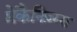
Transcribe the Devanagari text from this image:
मेकैनिज़्म्स